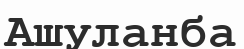
Ашуланба